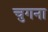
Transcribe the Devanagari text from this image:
चुगना